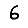
Digit: 6